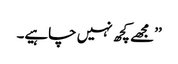
’’مجھے کچھ نہیں چاہیے۔